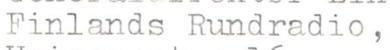
Finlands Rundradio,